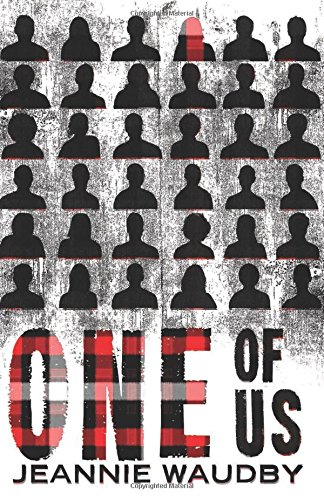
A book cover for One of Us; Jeannie Waudby; Teen & Young Adult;